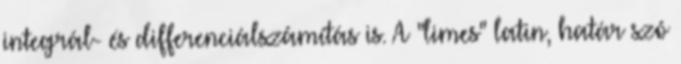
integrál- és differenciálszámítás is. A ''limes'' latin, határ szó